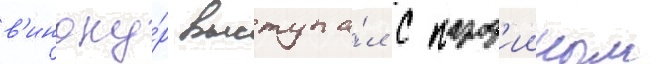
в'иноку́р выступа́л с парод'ииным